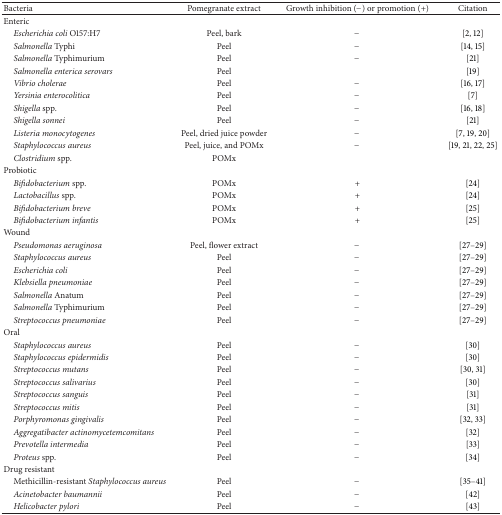
| Bacteria | Pomegranate extract | Growth inhibition (−) or promotion (+) | Citation |
 | --- | --- | --- | --- |
 | Enteric |  |  |  |
 | Escherichia coli O157:H7 | Peel, bark | − | [2, 12] |
 | Salmonella Typhi | Peel | − | [14, 15] |
 | Salmonella Typhimurium | Peel | − | [21] |
 | Salmonella enterica serovars | Peel |  | [19] |
 | Vibrio cholerae | Peel | − | [16, 17] |
 | Yersinia enterocolitica | Peel | − | [7] |
 | Shigella spp. | Peel | − | [16, 18] |
 | Shigella sonnei | Peel | − | [21] |
 | Listeria monocytogenes | Peel, dried juice powder | − | [7, 19, 20] |
 | Staphylococcus aureus | Peel, juice, and POMx | − | [19, 21, 22, 25] |
 | Clostridium spp. | POMx |  |  |
 | Probiotic |  |  |  |
 | Bifidobacterium spp. | POMx | + | [24] |
 | Lactobacillus spp. | POMx | + | [24] |
 | Bifidobacterium breve | POMx | + | [25] |
 | Bifidobacterium infantis | POMx | + | [25] |
 | Wound |  |  |  |
 | Pseudomonas aeruginosa | Peel, flower extract | − | [27–29] |
 | Staphylococcus aureus | Peel | − | [27–29] |
 | Escherichia coli | Peel | − | [27–29] |
 | Klebsiella pneumoniae | Peel | − | [27–29] |
 | Salmonella Anatum | Peel | − | [27–29] |
 | Salmonella Typhimurium | Peel | − | [27–29] |
 | Streptococcus pneumoniae | Peel | − | [27–29] |
 | Oral |  |  |  |
 | Staphylococcus aureus | Peel | − | [30] |
 | Staphylococcus epidermidis | Peel | − | [30] |
 | Streptococcus mutans | Peel | − | [30, 31] |
 | Streptococcus salivarius | Peel | − | [30] |
 | Streptococcus sanguis | Peel | − | [31] |
 | Streptococcus mitis | Peel | − | [31] |
 | Porphyromonas gingivalis | Peel | − | [32, 33] |
 | Aggregatibacter actinomycetemcomitans | Peel | − | [32] |
 | Prevotella intermedia | Peel | − | [33] |
 | Proteus spp. | Peel | − | [34] |
 | Drug resistant |  |  |  |
 | Methicillin-resistant Staphylococcus aureus | Peel | − | [35–41] |
 | Acinetobacter baumannii | Peel | − | [42] |
 | Helicobacter pylori | Peel | − | [43] |